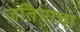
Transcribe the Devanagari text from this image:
जतिगाचा